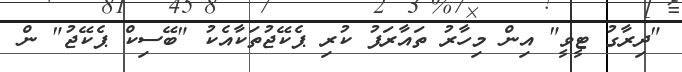
"ދިރާގު ޓީވީ" އިން މިހާރު ތައާރަފު ކުރި ޕެކޭޖުތަކާއެކު "ބޭސިކް ޕެކޭޖު" ން